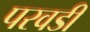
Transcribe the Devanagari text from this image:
परवडी